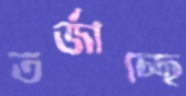
তর্জাচ্ছে